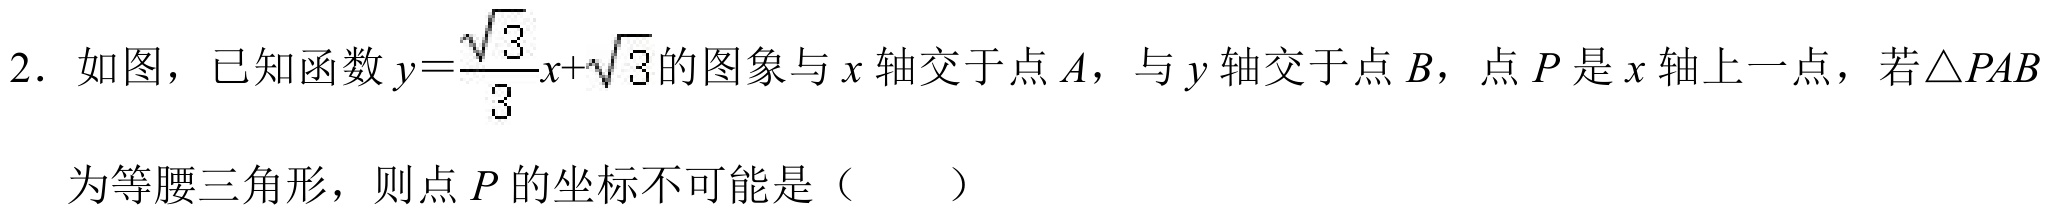
2. 如图，已知函数\(y = \frac{\sqrt{3}}{3}x+\sqrt{3}\)的图象与\(x\)轴交于点\(A\)，与\(y\)轴交于点\(B\)，点\(P\)是\(x\)轴上一点，若\(\triangle PAB\)为等腰三角形，则点\(P\)的坐标不可能是（  ）